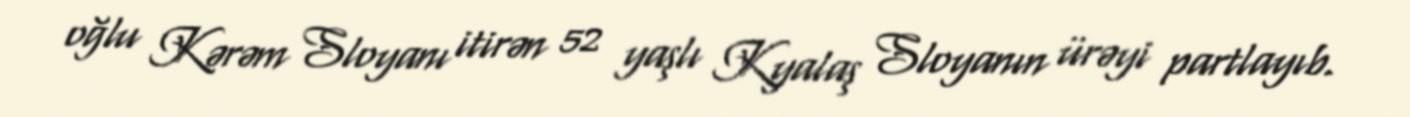
oğlu Kərəm Sloyanı itirən 52 yaşlı Kyalaş Sloyanın ürəyi partlayıb.